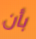
بأن